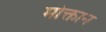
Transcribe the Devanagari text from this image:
मोक्तान